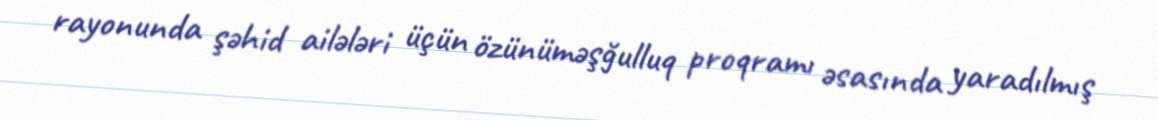
rayonunda şəhid ailələri üçün özünüməşğulluq proqramı əsasında yaradılmış